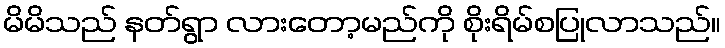
မိမိသည် နတ်ရွာ လားတော့မည်ကို စိုးရိမ်စပြုလာသည်။